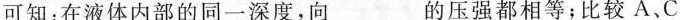
可知：在液体内部的同一深度，向___的压强都相等；比较A.C